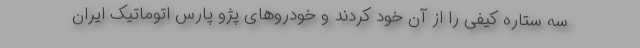
سه ستاره کیفی را از آن خود کردند و خودروهای پژو پارس اتوماتیک ایران